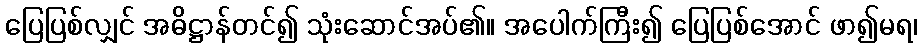
ပြေပြစ်လျှင် အဓိဋ္ဌာန်တင်၍ သုံးဆောင်အပ်၏။ အပေါက်ကြီး၍ ပြေပြစ်အောင် ဖာ၍မရ၊